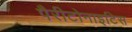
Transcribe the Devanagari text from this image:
पैरीटोनाइटिस